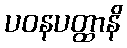
ပဝနပတ္ထာနိ